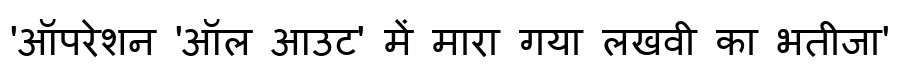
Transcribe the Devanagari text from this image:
'ऑपरेशन 'ऑल आउट' में मारा गया लखवी का भतीजा'